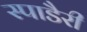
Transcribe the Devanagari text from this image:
स्पाडैरी